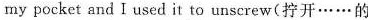
my pocket and I used it to unscrew(拧开······的